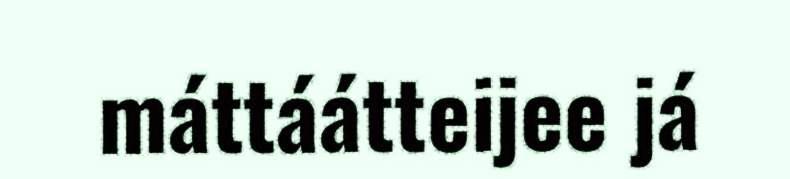
máttáátteijee já